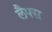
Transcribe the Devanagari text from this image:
लैफ्स